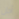
أجل